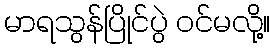
မာရသွန်ပြိုင်ပွဲ ဝင်မလို့။